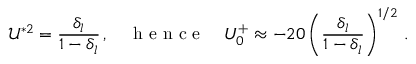
\mathcal { U } ^ { * 2 } = \frac { \delta _ { l } } { 1 - \delta _ { l } } \, , \quad \mathrm { ~ h ~ e ~ n ~ c ~ e ~ } \quad U _ { 0 } ^ { + } \approx - 2 0 \left( \frac { \delta _ { l } } { 1 - \delta _ { l } } \right) ^ { 1 / 2 } \, .